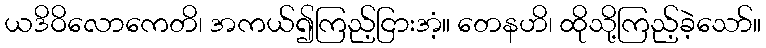
ယဒိဝိလောကေတိ၊ အကယ်၍ကြည့်ငြားအံ့။ တေနဟိ၊ ထိုသို့ကြည့်ခဲ့သော်။